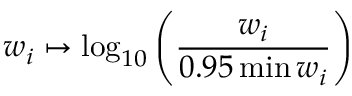
w _ { i } \mapsto \log _ { 1 0 } \left( \frac { w _ { i } } { 0 . 9 5 \operatorname* { m i n } w _ { i } } \right)